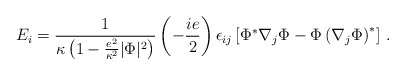
\begin{align*} E_i = {1 \over \kappa \left(1 - { e^2 \over \kappa^2} |\Phi|^2\right) }\left(- {i e \over 2}\right) \epsilon_{ij} \left[ \Phi ^\ast \nabla_j \Phi - \Phi \left(\nabla_j\Phi\right)^\ast\right] \, .\end{align*}